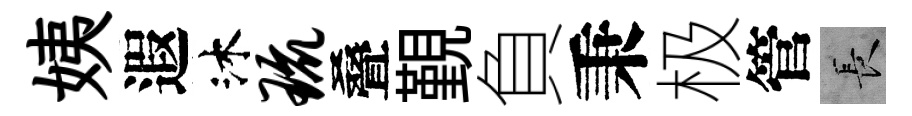
姨遐沐琉叠覲負秉极管长